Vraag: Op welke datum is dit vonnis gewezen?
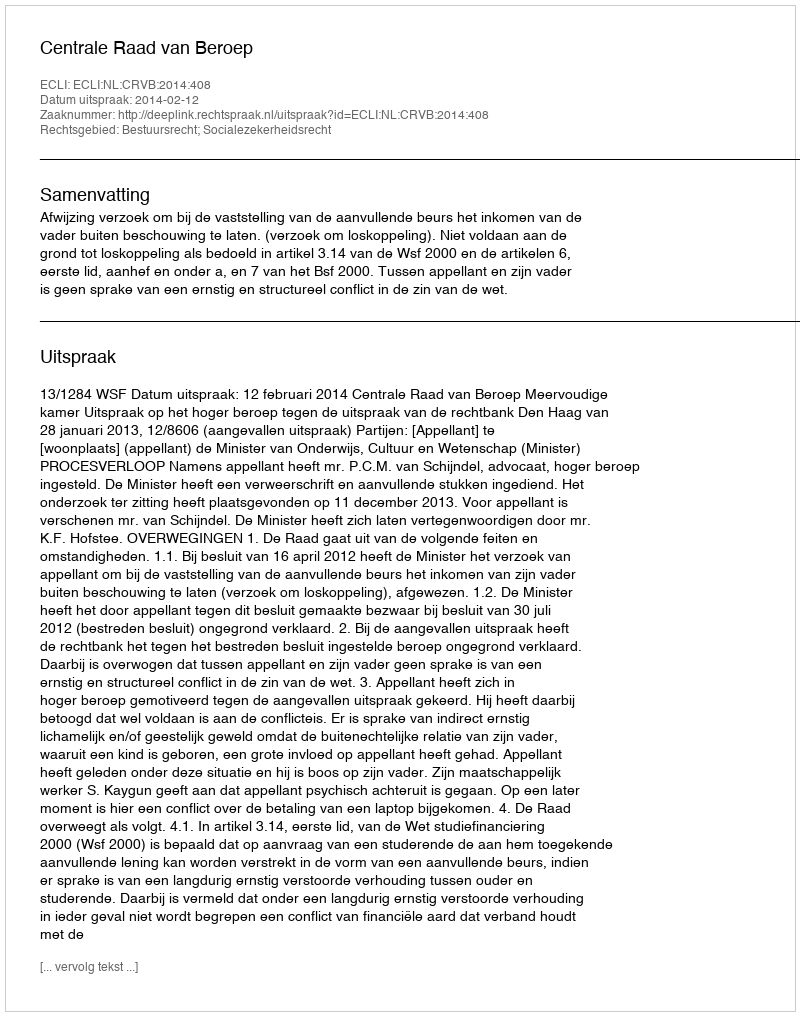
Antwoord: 2014-02-12